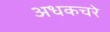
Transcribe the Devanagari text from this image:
अधकचरे